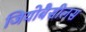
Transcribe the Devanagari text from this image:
जियोबैसीलस